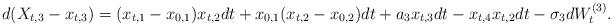
LaTeX: \begin{align*}d(X_{t,3} - x_{t,3}) = (x_{t,1} - x_{0,1})x_{t,2}dt +x_{0,1}(x_{t,2}- x_{0,2})dt + a_3 x_{t,3}dt -x_{t,4}x_{t,2}dt - \sigma_3 dW_t^{(3)}. \end{align*}